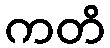
ကတိ